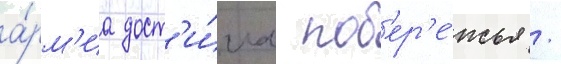
а́рм'иа дост'и́гла поб'ер'е́жья /